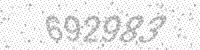
Solution: 692983